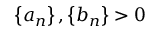
\left\{ a _ { n } \right\} , \left\{ b _ { n } \right\} > 0